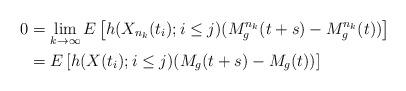
LaTeX: \begin{align*}0 &= \lim_{k\rightarrow \infty} E\left[h(X_{n_k}(t_i); i\leq j ) (M_g^{n_k}(t+s)-M_g^{n_k}(t))\right] \\&=E\left[h(X(t_i); i\leq j ) (M_g(t+s)-M_g(t))\right] \end{align*}